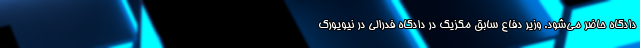
دادگاه حاضر می‌شود. وزیر دفاع سابق مکزیک در دادگاه فدرالی در نیویورک